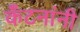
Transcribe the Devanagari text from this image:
कँटनांनी